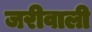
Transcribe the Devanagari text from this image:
जरीवाली